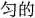
匀的